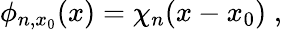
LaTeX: \phi_{n,x_{0}}(x)=\chi_{n}(x-x_{0})\; ,